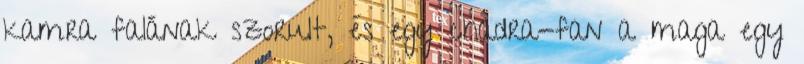
kamra falának szorult, és egy chadra-fan a maga egy